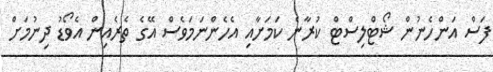
ފަސް އަންހެނުން ޝޯޓްލިސްޓް ކުރާނެ ކަމަށާއި އެހެންނަމަވެސް އޭގެ ތެރެއިން އެވޯޑު ދިނުމަށް